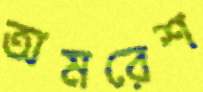
অমরেশ